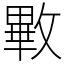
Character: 㪤